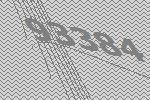
93384